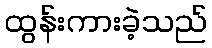
ထွန်းကားခဲ့သည်